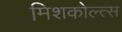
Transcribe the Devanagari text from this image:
मिशकोल्त्स